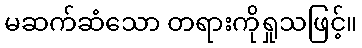
မဆက်ဆံသော တရားကိုရှုသဖြင့်။